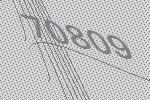
70809